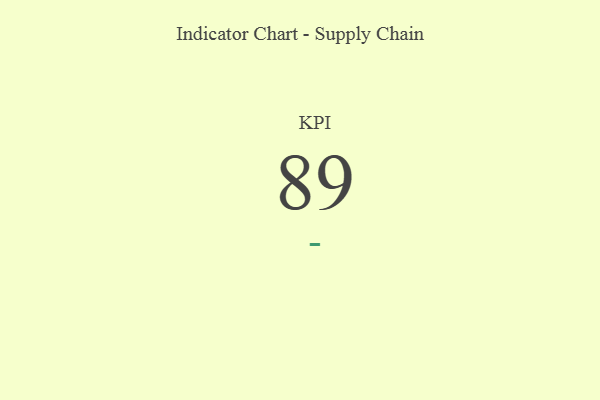
{"axis": {"x": "KPI", "y": "Value"}, "legend": [""], "data": [{"x": "KPI", "y": 89, "type": ""}]}